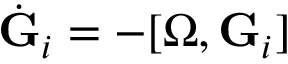
\dot { \bf G } _ { i } = - [ { \boldsymbol \Omega } , { \bf G } _ { i } ]